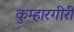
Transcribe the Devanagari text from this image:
कुम्हारगीरी